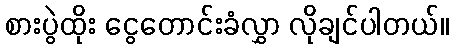
စားပွဲထိုး ငွေတောင်းခံလွှာ လိုချင်ပါတယ်။